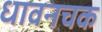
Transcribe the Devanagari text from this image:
धावनचक